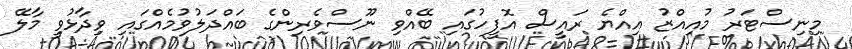
މިނިސްޓަރު މުއިއްޒު އިއްޔެ ރައީސް އޮފީހުގައި ބޭއްވި ނޫސްވެރިންގެ ބައްދަލުވުމެއްގައި ވިދާޅުވީ މާލޭ